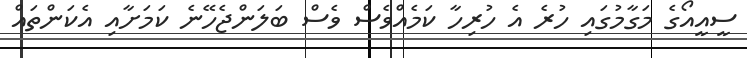
ސީއީއޯގެ މަގާމުގައި ހުރެ އެ ހުރިހާ ކަމެއްވެސް ވެސް ބަލަންޖެހޭނެ ކަމަށާއި އެކަންތައް